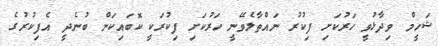
ޝަހީމް ވިދާޅުވީ ހަރުކަށި ފިކުރު ނައްތާލެވޭނީ ހަރުކަށި ފިކުރަކީ ކޮބައިކަން ބުނެދީ އެފިކުރުގެ